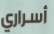
أسراري